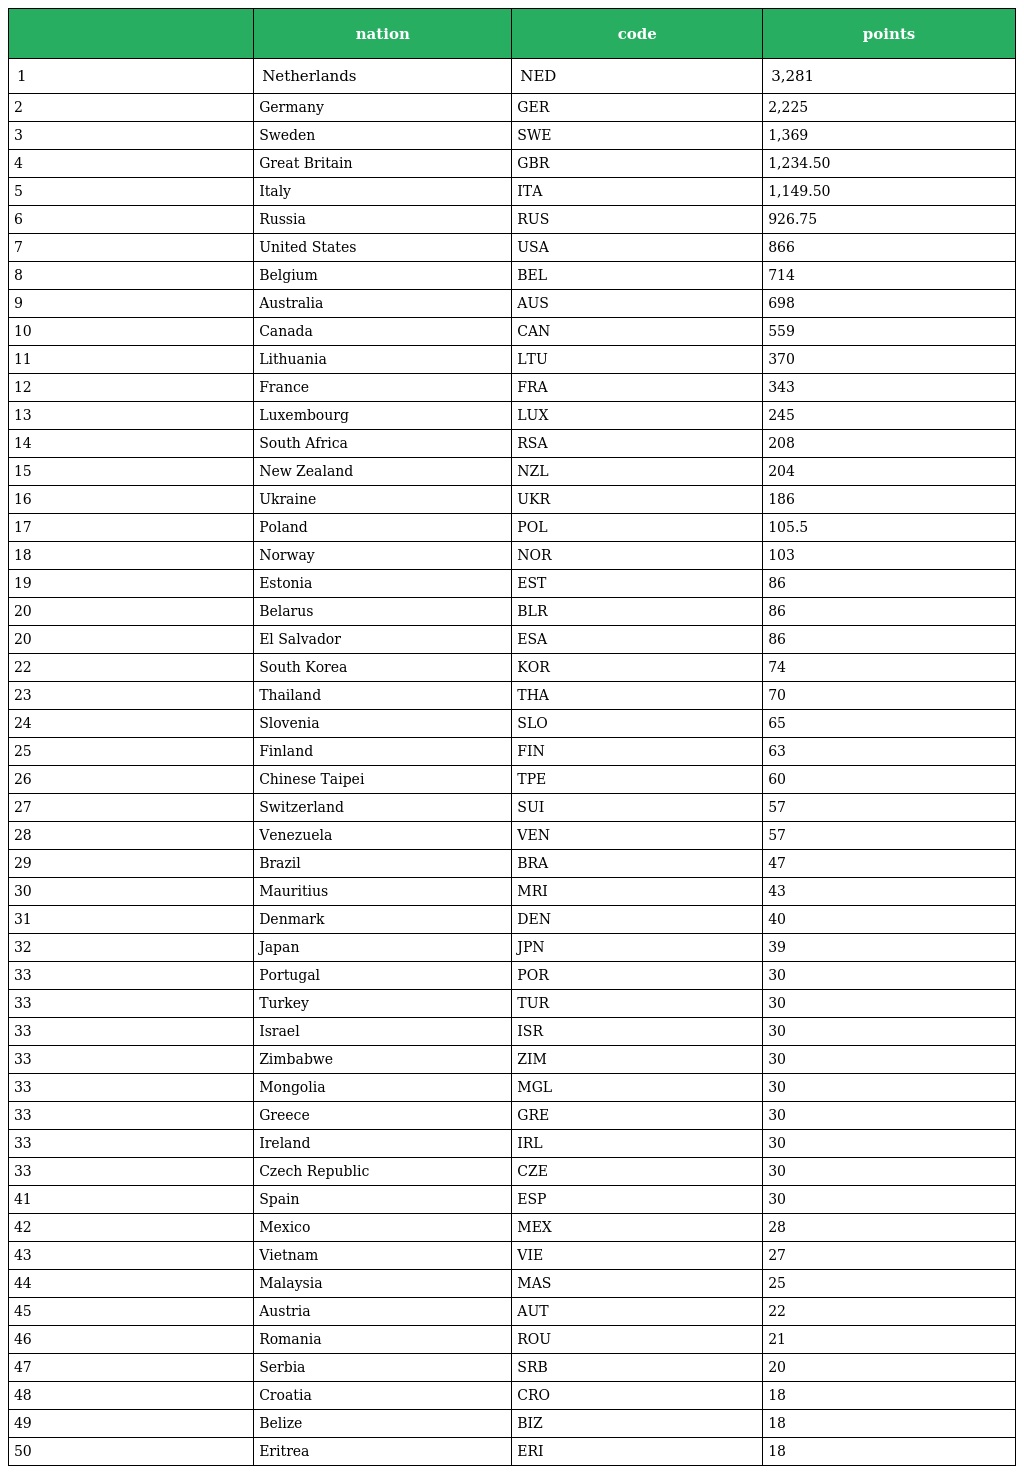
|  | nation | code | points |
 | --- | --- | --- | --- |
 | 1 | Netherlands | NED | 3,281 |
 | 2 | Germany | GER | 2,225 |
 | 3 | Sweden | SWE | 1,369 |
 | 4 | Great Britain | GBR | 1,234.50 |
 | 5 | Italy | ITA | 1,149.50 |
 | 6 | Russia | RUS | 926.75 |
 | 7 | United States | USA | 866 |
 | 8 | Belgium | BEL | 714 |
 | 9 | Australia | AUS | 698 |
 | 10 | Canada | CAN | 559 |
 | 11 | Lithuania | LTU | 370 |
 | 12 | France | FRA | 343 |
 | 13 | Luxembourg | LUX | 245 |
 | 14 | South Africa | RSA | 208 |
 | 15 | New Zealand | NZL | 204 |
 | 16 | Ukraine | UKR | 186 |
 | 17 | Poland | POL | 105.5 |
 | 18 | Norway | NOR | 103 |
 | 19 | Estonia | EST | 86 |
 | 20 | Belarus | BLR | 86 |
 | 20 | El Salvador | ESA | 86 |
 | 22 | South Korea | KOR | 74 |
 | 23 | Thailand | THA | 70 |
 | 24 | Slovenia | SLO | 65 |
 | 25 | Finland | FIN | 63 |
 | 26 | Chinese Taipei | TPE | 60 |
 | 27 | Switzerland | SUI | 57 |
 | 28 | Venezuela | VEN | 57 |
 | 29 | Brazil | BRA | 47 |
 | 30 | Mauritius | MRI | 43 |
 | 31 | Denmark | DEN | 40 |
 | 32 | Japan | JPN | 39 |
 | 33 | Portugal | POR | 30 |
 | 33 | Turkey | TUR | 30 |
 | 33 | Israel | ISR | 30 |
 | 33 | Zimbabwe | ZIM | 30 |
 | 33 | Mongolia | MGL | 30 |
 | 33 | Greece | GRE | 30 |
 | 33 | Ireland | IRL | 30 |
 | 33 | Czech Republic | CZE | 30 |
 | 41 | Spain | ESP | 30 |
 | 42 | Mexico | MEX | 28 |
 | 43 | Vietnam | VIE | 27 |
 | 44 | Malaysia | MAS | 25 |
 | 45 | Austria | AUT | 22 |
 | 46 | Romania | ROU | 21 |
 | 47 | Serbia | SRB | 20 |
 | 48 | Croatia | CRO | 18 |
 | 49 | Belize | BIZ | 18 |
 | 50 | Eritrea | ERI | 18 |